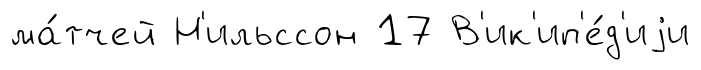
ма́тчей Н'ильссон 17 В'ик'ип'е́д'иjи